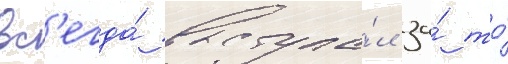
вс'егда́ выступа́л за́ то́